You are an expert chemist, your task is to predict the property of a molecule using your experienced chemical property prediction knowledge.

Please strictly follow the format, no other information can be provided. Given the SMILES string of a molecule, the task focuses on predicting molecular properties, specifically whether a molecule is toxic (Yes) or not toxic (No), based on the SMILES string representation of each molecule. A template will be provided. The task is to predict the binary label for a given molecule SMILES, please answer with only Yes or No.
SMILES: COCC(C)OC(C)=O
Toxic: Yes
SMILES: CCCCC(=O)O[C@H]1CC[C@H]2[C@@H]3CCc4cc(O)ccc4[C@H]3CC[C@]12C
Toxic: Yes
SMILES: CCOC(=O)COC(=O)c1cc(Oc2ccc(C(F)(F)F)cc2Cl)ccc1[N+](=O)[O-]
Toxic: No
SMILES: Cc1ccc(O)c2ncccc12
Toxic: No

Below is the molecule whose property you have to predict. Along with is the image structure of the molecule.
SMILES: CCCC1CCC(=O)CC1
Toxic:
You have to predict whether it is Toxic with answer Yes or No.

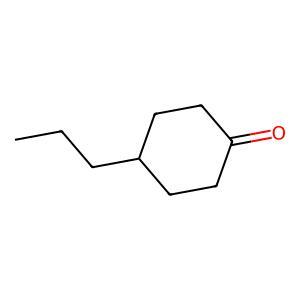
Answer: No